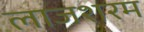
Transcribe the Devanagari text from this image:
लाजशरम